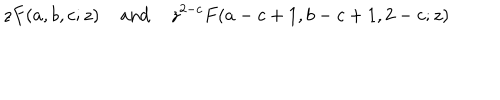
LaTeX: z F ( a , b , c ; z ) \; \mathrm { a n d } \; z ^ { 2 - c } F ( a - c + 1 , b - c + 1 , 2 - c ; z )